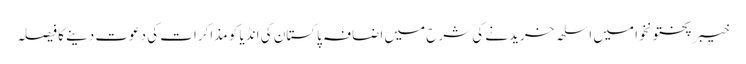
خیبر پختونخوا میں اسلحہ خریدنے کی شرح میں اضافہ	 پاکستان کی انڈیا کو مذاکرات کی دعوت دینے کا فیصلہ